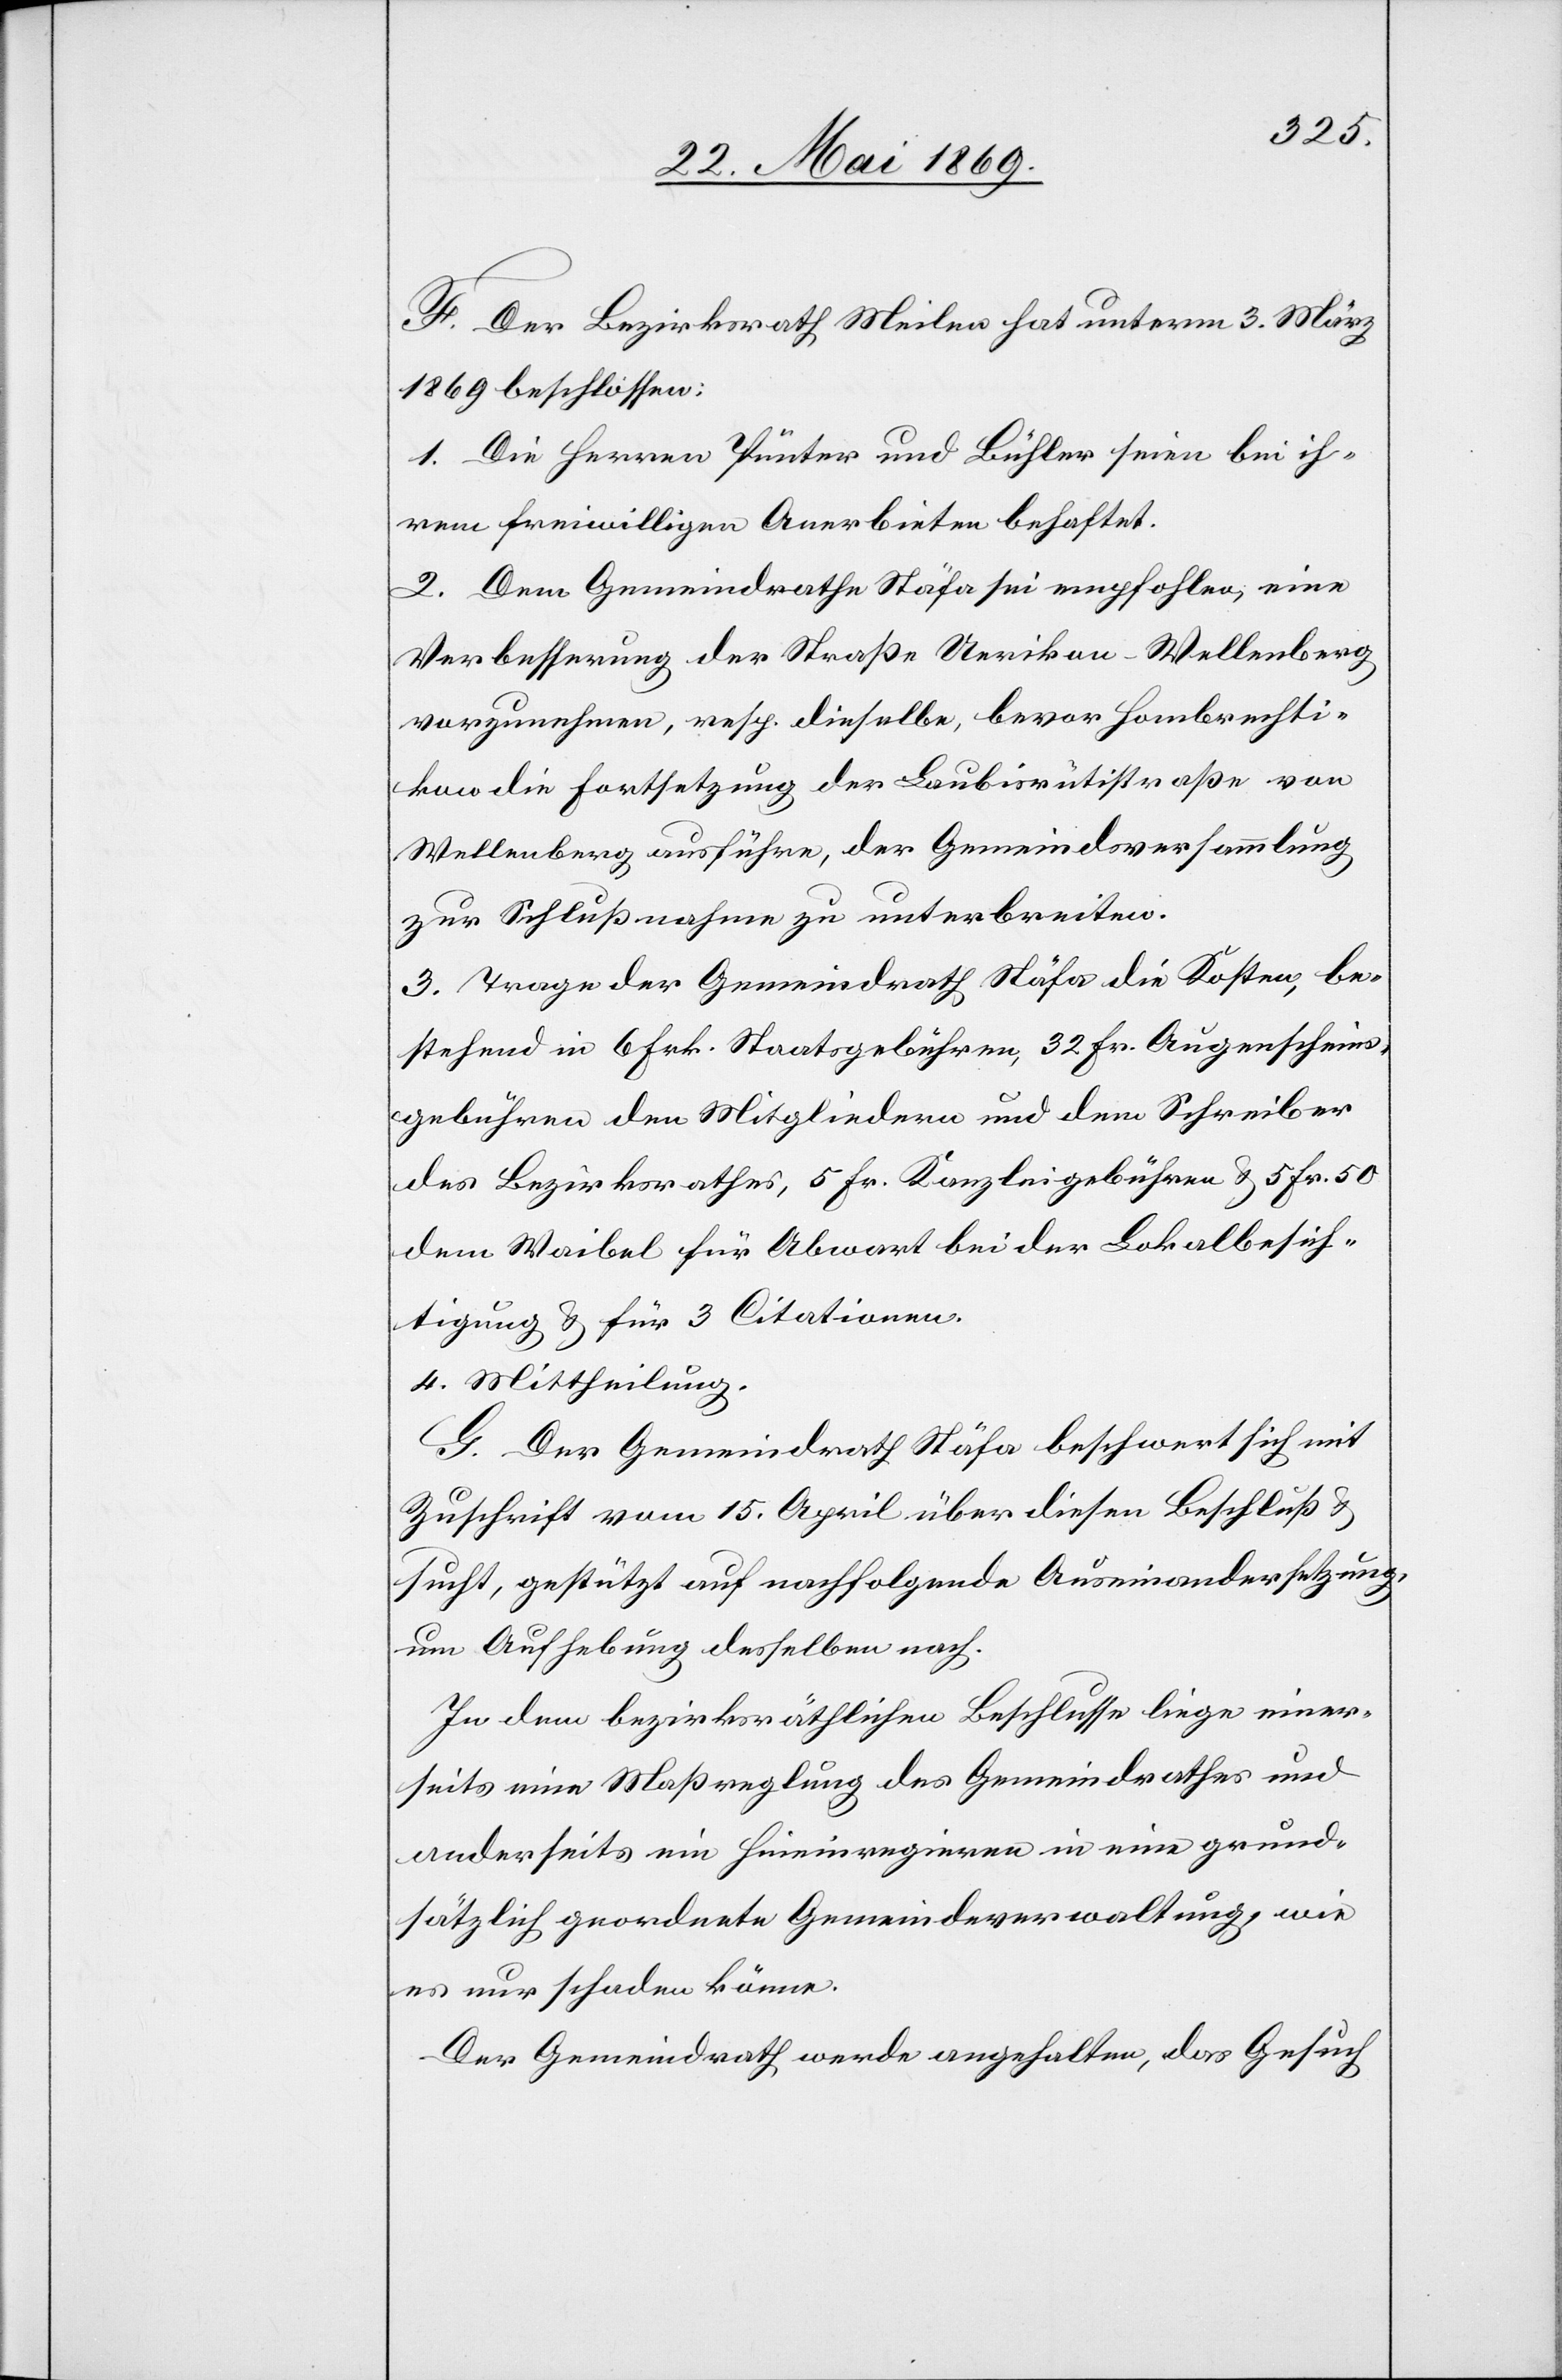
F. Der Bezirksrath Meilen hat unterm 3. März
1869 beschlossen:
1. Die Herren Pünter und Bühler seien bei ih¬
rem freiwilligen Anerbieten behaftet.
2. Dem Gemeindrathe Stäfa sei empfohlen, eine
Verbesserung der Straße Uerikon-Wellenberg
vorzunehmen, resp. dieselbe, bevor Hombrechti¬
kon die Fortsetzung der Laubisrütistraße von
Wellenberg ausführe, der Gemeindsversammlung
zur Schlußnahme zu unterbreiten.
3. Trage der Gemeindrath Stäfa die Kosten, be¬
stehend in 6 Frk. Staatsgebühren, 32 Fr. Augenschein¬
gebühren den Mitgliedern und dem Schreiber
des Bezirksrathes, 5 Fr. Kanzleigebühren u. 5 Fr. 50
dem Waibel für Abwart bei der Lokalbesich¬
tigung u. für 3 Citationen.
4. Mittheilung.
G. Der Gemeindrath Stäfa beschwert sich mit
Zuschrift vom 15. April über diesen Beschluß u.
sucht, gestützt auf nachfolgende Auseinandersetzung,
um Aufhebung desselben nach.
In dem bezirksräthlichen Beschlusse liege einer¬
seits eine Maßreglung des Gemeindrathes und
anderseits ein Hineinregieren in eine grund¬
sätzlich geordnete Gemeindeverwaltung, wie
es nur schaden könne.
Der Gemeindrath werde angehalten, das Gesuch